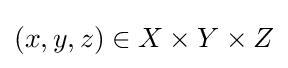
(x,y,z)\in X\times Y\times Z